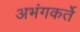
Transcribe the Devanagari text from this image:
अभंगकर्ते